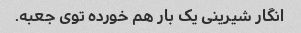
انگار شیرینی یک بار هم خورده توی جعبه.